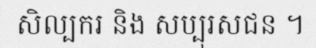
សិល្បករ និង សប្បុរសជន ។